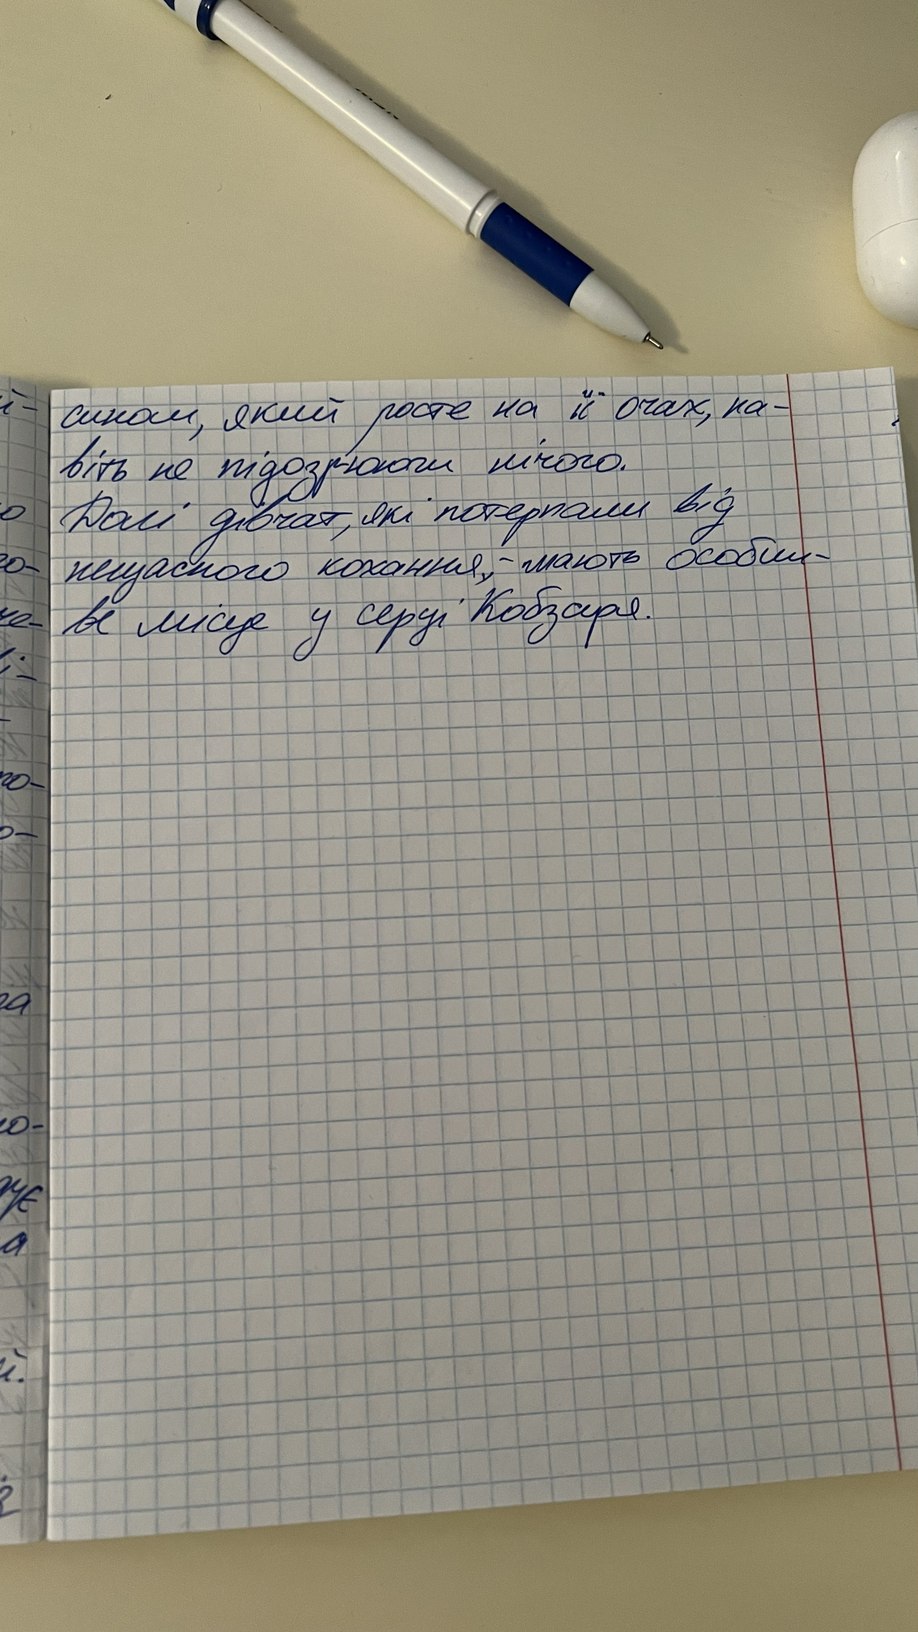
сином, який росте на її очах, на-
віть не підозрюючи нічого.
Долі дівчат, які потерпали від
нещасного кохання, - мають особли-
ве місце у сердці Кобзаря